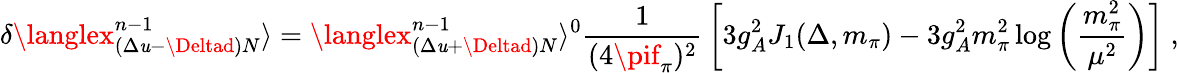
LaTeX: \delta\langlex_{(\Delta\mathit{u}-\Deltad)N}^{n-1}\rangle=\langlex_{(\Delta\mathit{u}+\Deltad)N}^{n-1}\rangle^{0}{\frac{{1}}{{(4\pif_{\pi})^{2}}}}\left[3g_{A}^{2}J_{1}(\Delta,m_{\pi})-3g_{A}^{2}m_{\pi}^{2}\log\left({\frac{{m_{\pi}^{2}}}{{\mu^{2}}}}\right)\right]\ ,